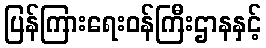
ပြန်ကြားရေးဝန်ကြီးဌာနနှင့်